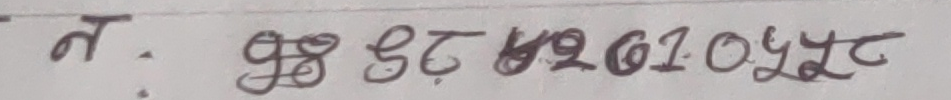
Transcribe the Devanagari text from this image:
न.  985862610442